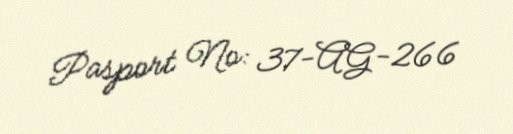
Pasport №: 37-AG-266